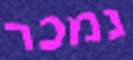
נמכר